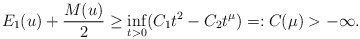
\begin{align*} E_1(u)+\frac{M(u)}{2}\geq \inf_{t>0}(C_1t^2-C_2 t^\mu)=:C(\mu)>-\infty.\end{align*}